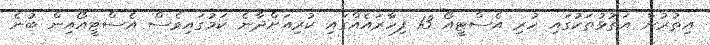
އިތުރުން އަތޮޅުތަކުގައި ހުރި އެސްޓީއޯ 13 ފިހާރައެއްގައި ކުރިއަށްދާނެ ކަމުގައިވެސް އެސްޓީއޯއިން ބުނެ